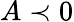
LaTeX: A\prec 0